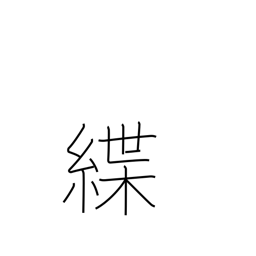
Meaning: leash